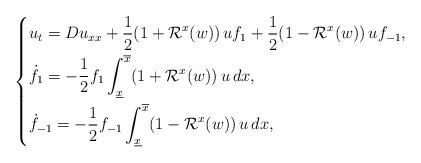
LaTeX: \begin{align*}\left\{\begin{aligned}& {u}_t= D u_{xx} + \frac12 (1+{\mathcal R}^x(w))\, uf_1+\frac12(1-{\mathcal R}^x(w))\, u f_{-1},\\& \dot{f}_{1} =-\frac12f_1\int_{\underline{x}}^{\overline{x}}(1+{\mathcal R}^x(w))\,u\,dx,\\& \dot{f}_{-1} =-\frac12f_{-1}\int_{\underline{x}}^{\overline{x}}(1-{\mathcal R}^x(w))\,u\,dx,\end{aligned}\right.\end{align*}